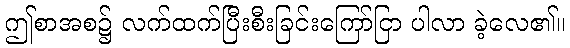
ဤစာအစ၌ လက်ထက်ပြီးစီးခြင်းကြော်ငြာ ပါလာ ခဲ့လေ၏။